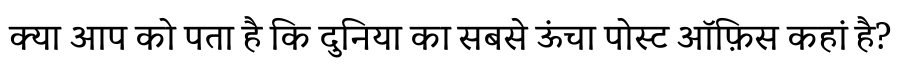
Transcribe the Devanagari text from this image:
क्या आप को पता है कि दुनिया का सबसे ऊंचा पोस्ट ऑफ़िस कहां है?